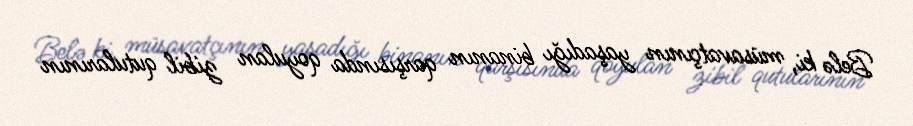
Belə ki, müsavatçının yaşadığı binanın qarşısında qoyulan zibil qutularının